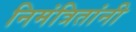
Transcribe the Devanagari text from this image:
निमंत्रितांनी